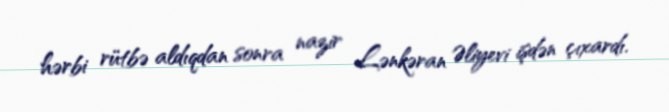
hərbi rütbə aldıqdan sonra nazir Lənkəran Əliyevi işdən çıxardı.